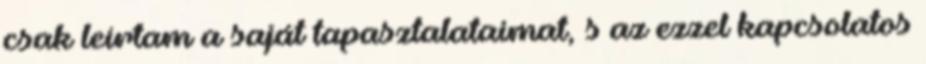
csak leírtam a saját tapasztalataimat, s az ezzel kapcsolatos